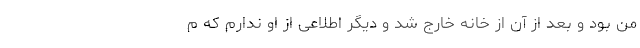
من بود و بعد از آن از خانه خارج شد و دیگر اطلاعی از او ندارم که م